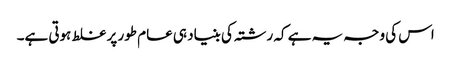
اس کی وجہ یہ ہے کہ رشتہ کی بنیاد ہی عام طور پر غلط ہوتی ہے۔